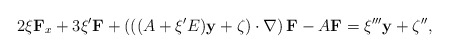
\begin{align*}2\xi\mathbf{F}_{x}+3\xi^{\prime}\mathbf{F}+\left(((A+\xi^{\prime}E)\mathbf{y}+\zeta)\cdot\nabla\right)\mathbf{F}-A\mathbf{F}=\xi^{\prime\prime\prime}\mathbf{y}+\zeta^{\prime\prime},\end{align*}